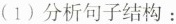
(1) 分析句子结构：